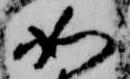
如